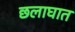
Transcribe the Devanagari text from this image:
छलाघात